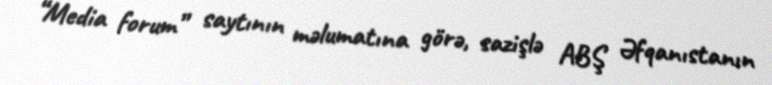
“Media forum” saytının məlumatına görə, sazişlə ABŞ Əfqanıstanın